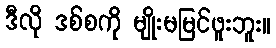
ဒီလို ဒစ်စကို မျိုးမမြင်ဖူးဘူး။